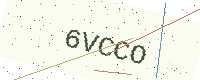
Text: 6VCCO